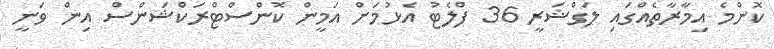
ކޮންމެ އިމާރާތެއްގައި ލަގްޝަރީ 36 ފްލެޓު އެޅުމަށް އަމީން ކޮންސްޓްރަކްޝަންސް އިން ވަނީ